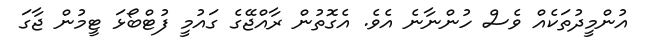
އުންމީދުތަކެއް ވެސް ހުންނާނެ އެވެ. އެގޮތުން ރާއްޖޭގެ ގައުމީ ފުޓްބޯޅަ ޓީމުން ޖާގަ